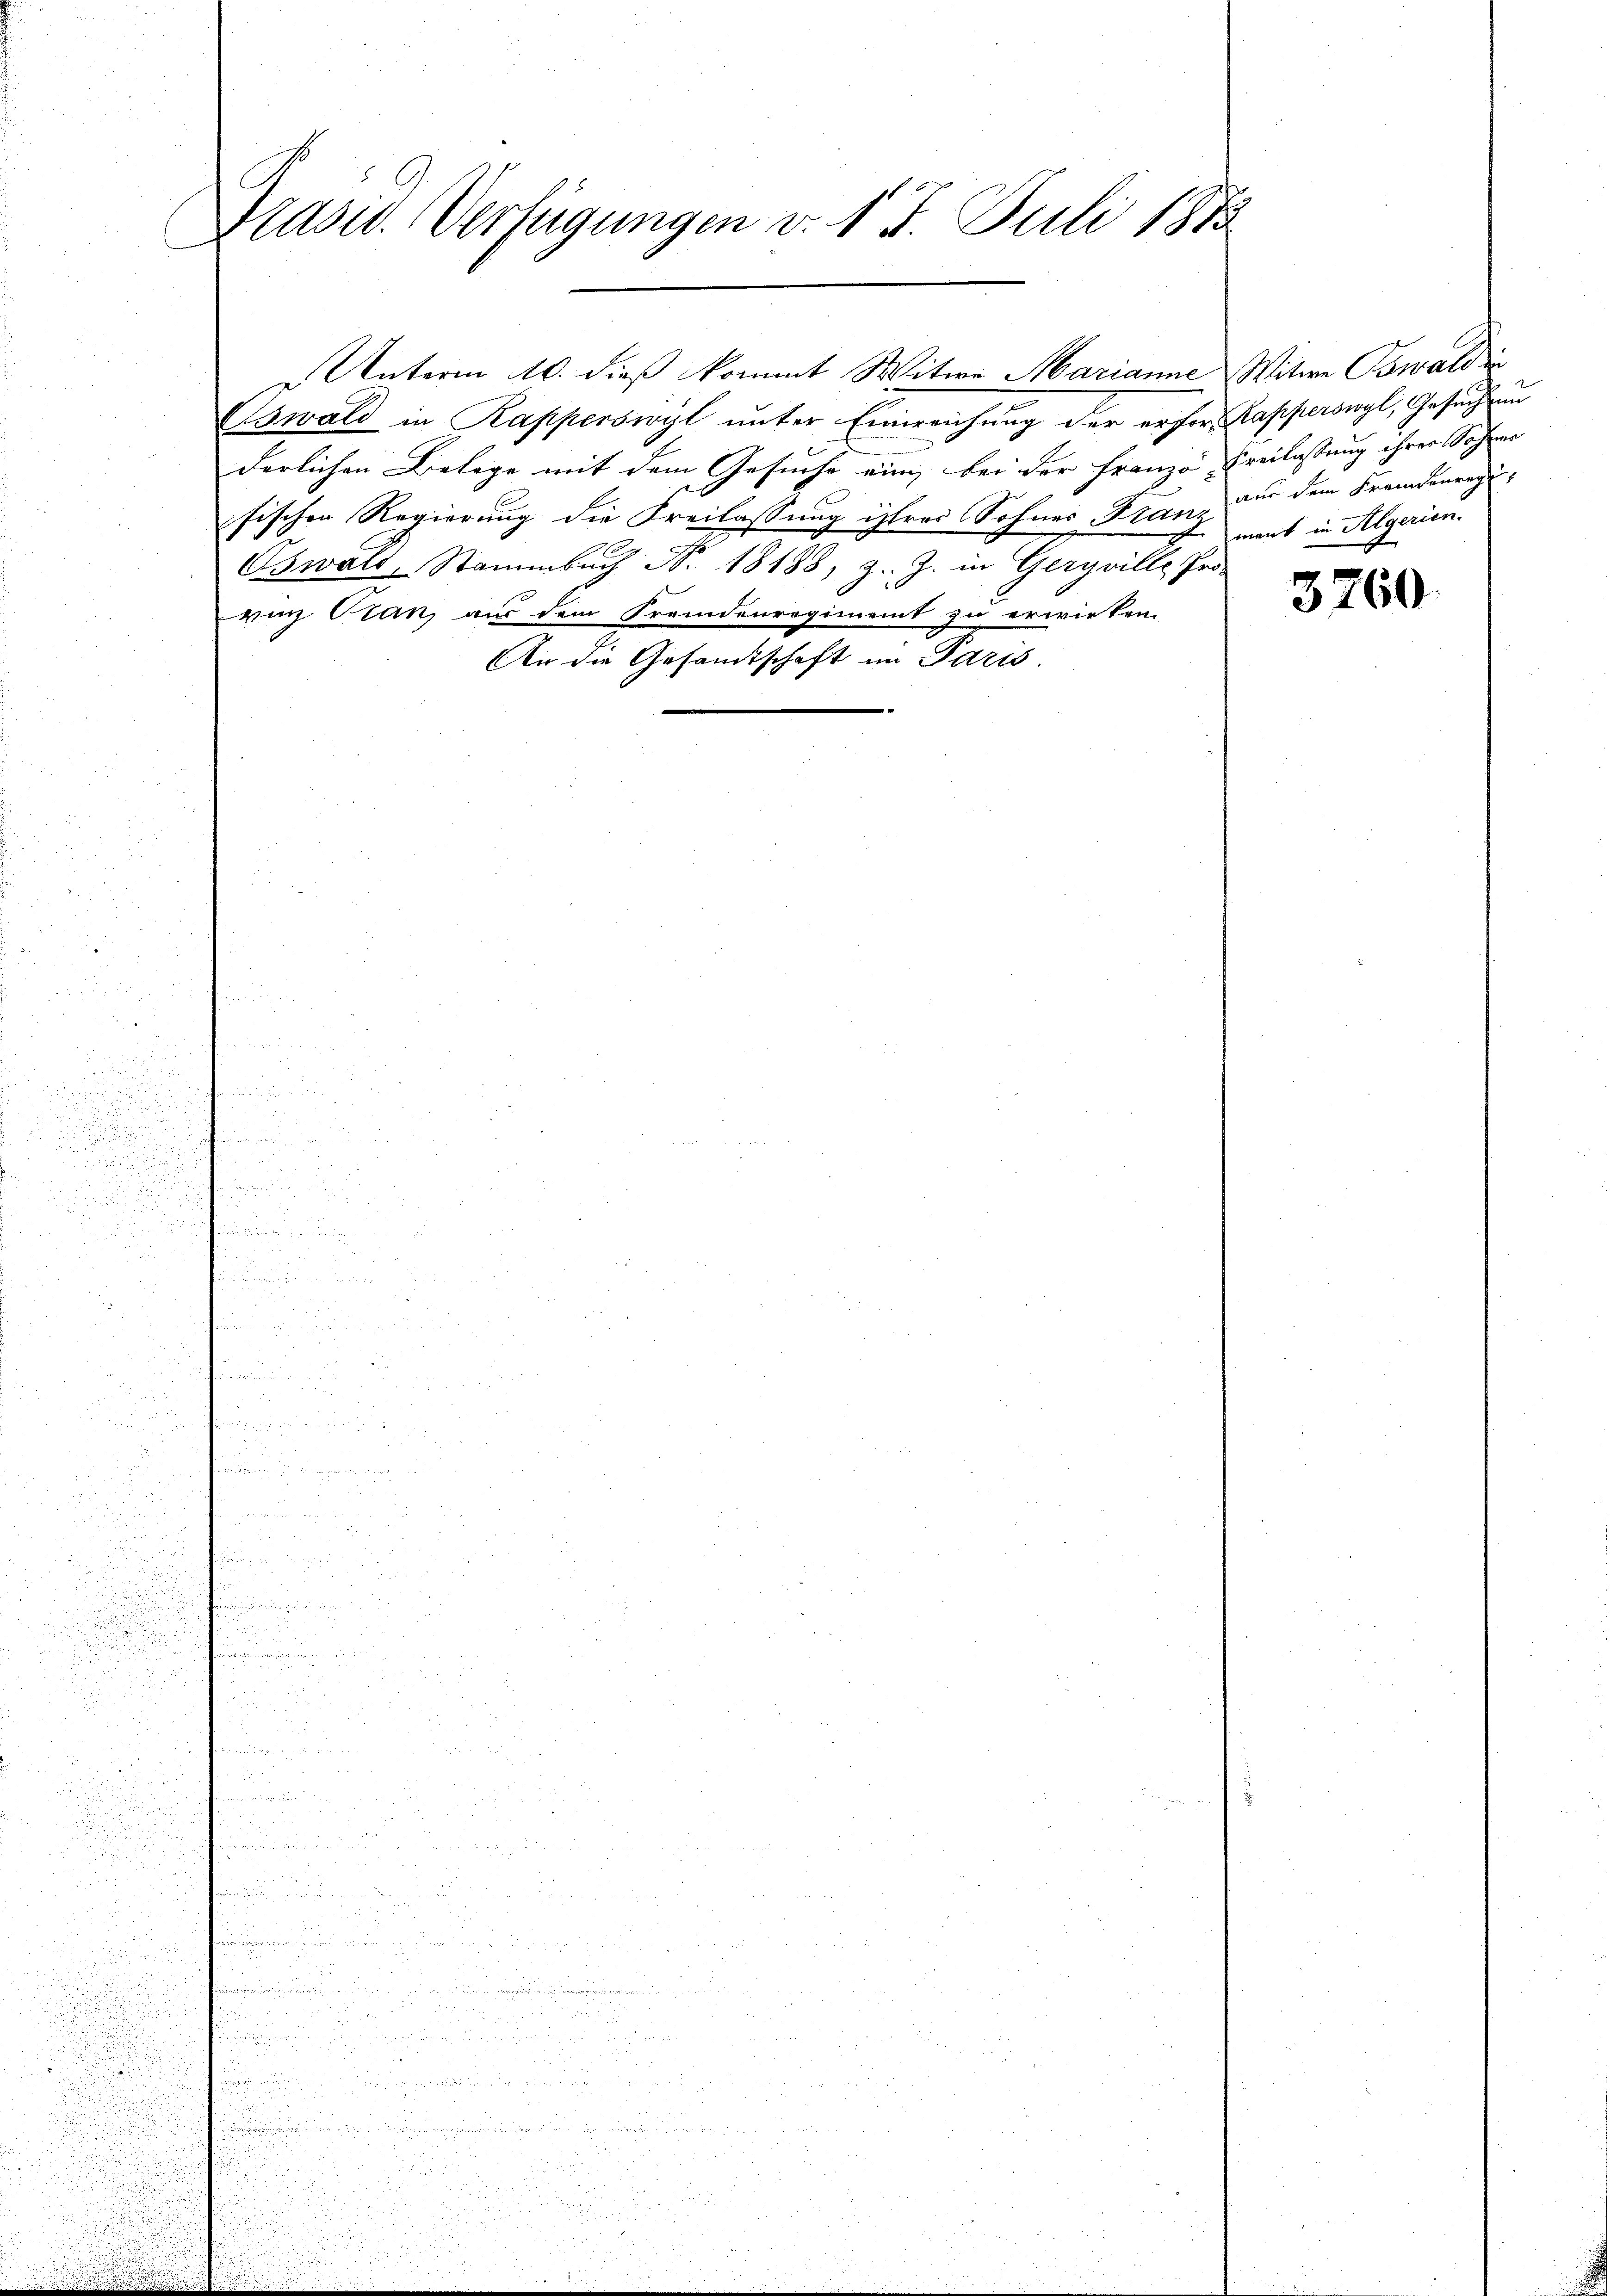
.

u

Hlasw. Verfügungen v. 17. Juli 1813

Oswald in Rapperswyl unter Einreichung der erfor- Kapperswyl, Gesuchun
derlichen Belege mit dem Gesuche eine bei der Franzo Freilassung ihrer Sohner
sischen Regierung die Freilassung ihres Sohnes Franz der dem Fremdenregu
Oswald, Stammbach No. 18188, z. Z. in Geryville Pro
rung Oran, aus dem Fremdenregiment zu erwirken.
An die Gesandtschaft im Paris.

i
u

Unterm 10. dieß kommt Witwe Marianne Witwe Oswaldin

ment in Algerien.

3760